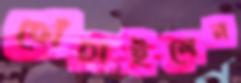
ছোঁচাইলেন